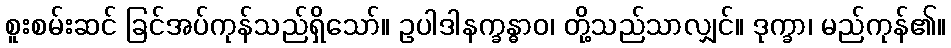
စူးစမ်းဆင် ခြင်အပ်ကုန်သည်ရှိသော်။ ဥပါဒါနက္ခန္ဓာဝ၊ တို့သည်သာလျှင်။ ဒုက္ခာ၊ မည်ကုန်၏။